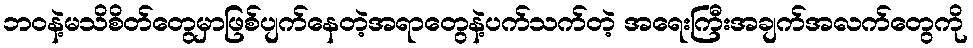
ဘဝနဲ့မသိစိတ်တွေမှာဖြစ်ပျက်နေတဲ့အရာတွေနဲ့ပက်သက်တဲ့ အရေးကြီးအချက်အလက်တွေကို